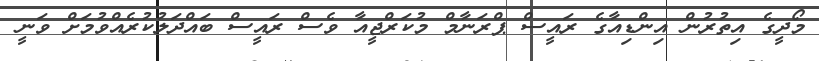
މޯދީގެ އިތުރުން އިންޑިއާގެ ރައީސް ޕްރަނާމް މުކަރްޖީއާ ވެސް ރައީސް ބައްދަލުކުރެއްވުމަށް ވަނީ